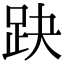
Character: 趹